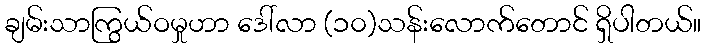
ချမ်းသာကြွယ်ဝမှုဟာ ဒေါ်လာ (၁၀)သန်းလောက်တောင် ရှိပါတယ်။